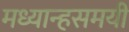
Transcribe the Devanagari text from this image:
मध्यान्हसमयी